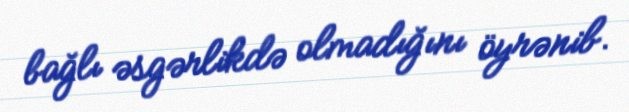
bağlı əsgərlikdə olmadığını öyrənib.